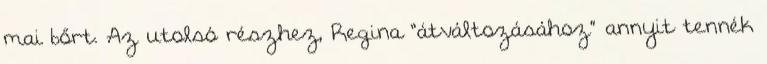
mai bőrt. Az utolsó részhez, Regina “átváltozásához” annyit tennék